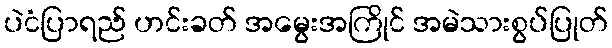
ပဲငံပြာရည် ဟင်းခတ် အမွေးအကြိုင် အမဲသားစွပ်ပြုတ်